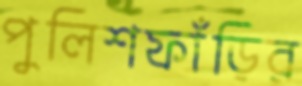
পুলিশফাঁড়ির